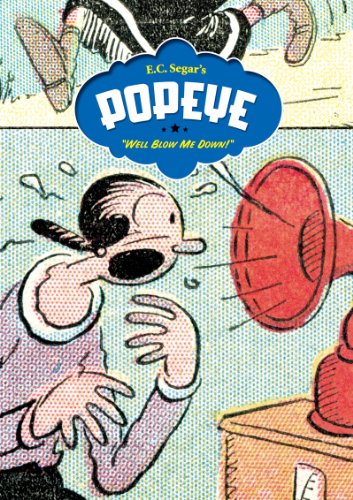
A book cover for Popeye, Vol. 2: Well Blow Me Down!; E. C. Segar; Humor & Entertainment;